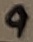
Text: 9